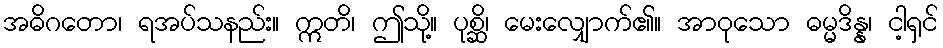
အဓိဂတော၊ ရအပ်သနည်း။ ဣတိ၊ ဤသို့။ ပုစ္ဆိ၊ မေးလျှောက်၏။ အာဝုသော ဓမ္မဒိန္န၊ ငါ့ရှင်